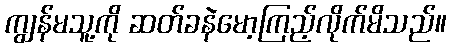
ကျွန်မသူ့ကို ဆတ်ခနဲမော့ကြည့်လိုက်မိသည်။